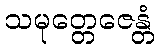
သမုတ္တေဇေန္တံ